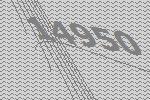
14950